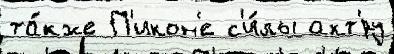
та́кже П'икон'е с'и́лы акт'́ру